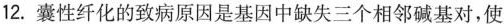
12.囊性纤化的致病原因是基因中缺失三个相邻碱基对，使